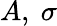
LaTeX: A,\ \sigma